Leaving Certificate Examination, 1925
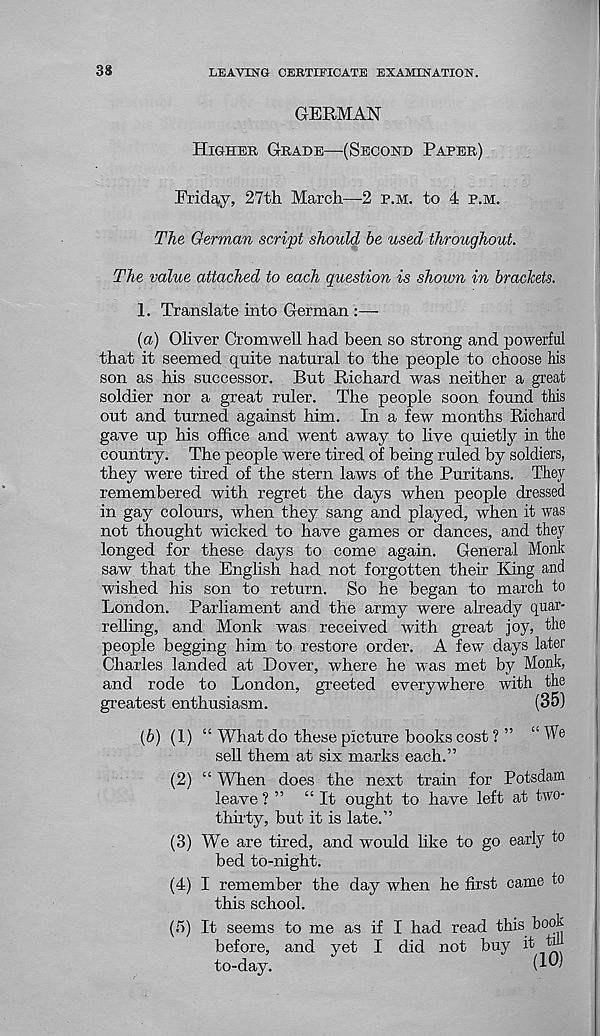
38
LEAVING CERTIFICATE EXAMINATION.
GERMAN
Higher Grade—(Second Paper)
Friday, 27th March—2 p.m. to 4 p.m.
The German script should be used throughout.
The value attached to each question is shown in brackets.
1. Translate into German
{a) Oliver Cromwell had been so strong and powerful
that it seemed quite natural to the people to choose his
son as his successor. But Richard was neither a great
soldier nor a great ruler. The people soon found this
out and turned against him. In a few months Richard
gave up his office and went away to live quietly in the
country. The people were tired of being ruled by soldiers,
they were tired of the stern laws of the Puritans. They
remembered with regret the days when people dressed
in gay colours, when they sang and played, when it was
not thought wicked to have games or dances, and they
longed for these days to come again. General Monk
saw that the English had not forgotten their King and
wished his son to return. So he began to march to
London. Parliament and the army were already quar-
relling, and Monk was received with great joy, the
people begging him to restore order. A few days later
Charles landed at Dover, where he was met by Monk,
and rode to London, greeted everywhere with the
greatest enthusiasm.
(35)
(b) (1) “ What do these picture books cost ? ” “ We
sell them at six marks each.”
(2) “ When does the next train for Potsdam
leave? ” “It ought to have left at two-
thirty, but it is late.”
(3) We are tired, and would like to go early to
bed to-night.
(4) I remember the day when he first came to
this school.
(5) It seems to me as if I had read this book
before, and yet I did not buy it tm
to-day.
(•‘W